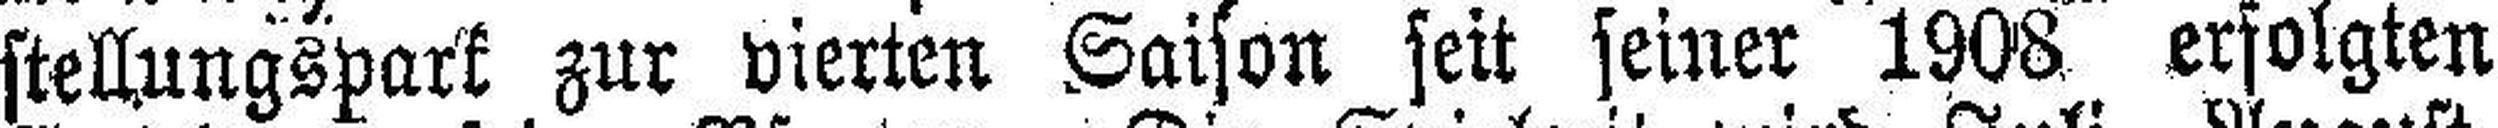
stellungspark zur vierten Saison seit seiner 1908 erfolgten